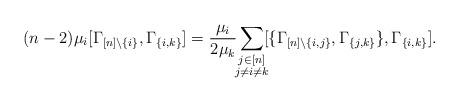
LaTeX: \begin{align*}(n-2)\mu_i[\Gamma_{[n]\setminus \{i\}}, \Gamma_{\{i,k\}}]=\frac{\mu_i}{2\mu_k}\smashoperator{\sum_{\substack{j\in [n]\\ j\neq i\neq k}}}[\{\Gamma_{[n]\setminus \{i,j\}}, \Gamma_{\{j,k\}}\}, \Gamma_{\{i,k\}}].\end{align*}